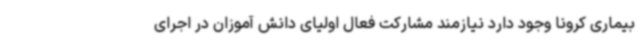
بیماری کرونا وجود دارد نیازمند مشارکت فعال اولیای دانش آموزان در اجرای